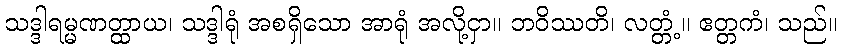
သဒ္ဒါရမ္မဏတ္ထာယ၊ သဒ္ဒါရုံ အစရှိသော အာရုံ အလို့ငှာ။ ဘဝိဿတိ၊ လတ္တံ့။ ဧတ္တကံ၊ သည်။